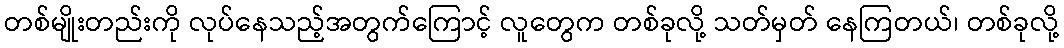
တစ်မျိုးတည်းကို လုပ်နေသည့်အတွက်ကြောင့် လူတွေက တစ်ခုလို့ သတ်မှတ် နေကြတယ်၊ တစ်ခုလို့